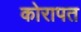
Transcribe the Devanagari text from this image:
कोरापत